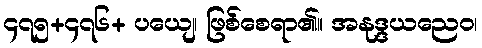
၄၇၅+၄၇၆+ ပယျေ၊ ဖြစ်စေရာ၏။ အနုဒ္ဒယညေဝ၊